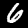
Label: 6